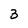
Character: 3